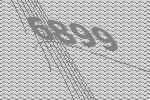
6899